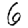
Digit: 6